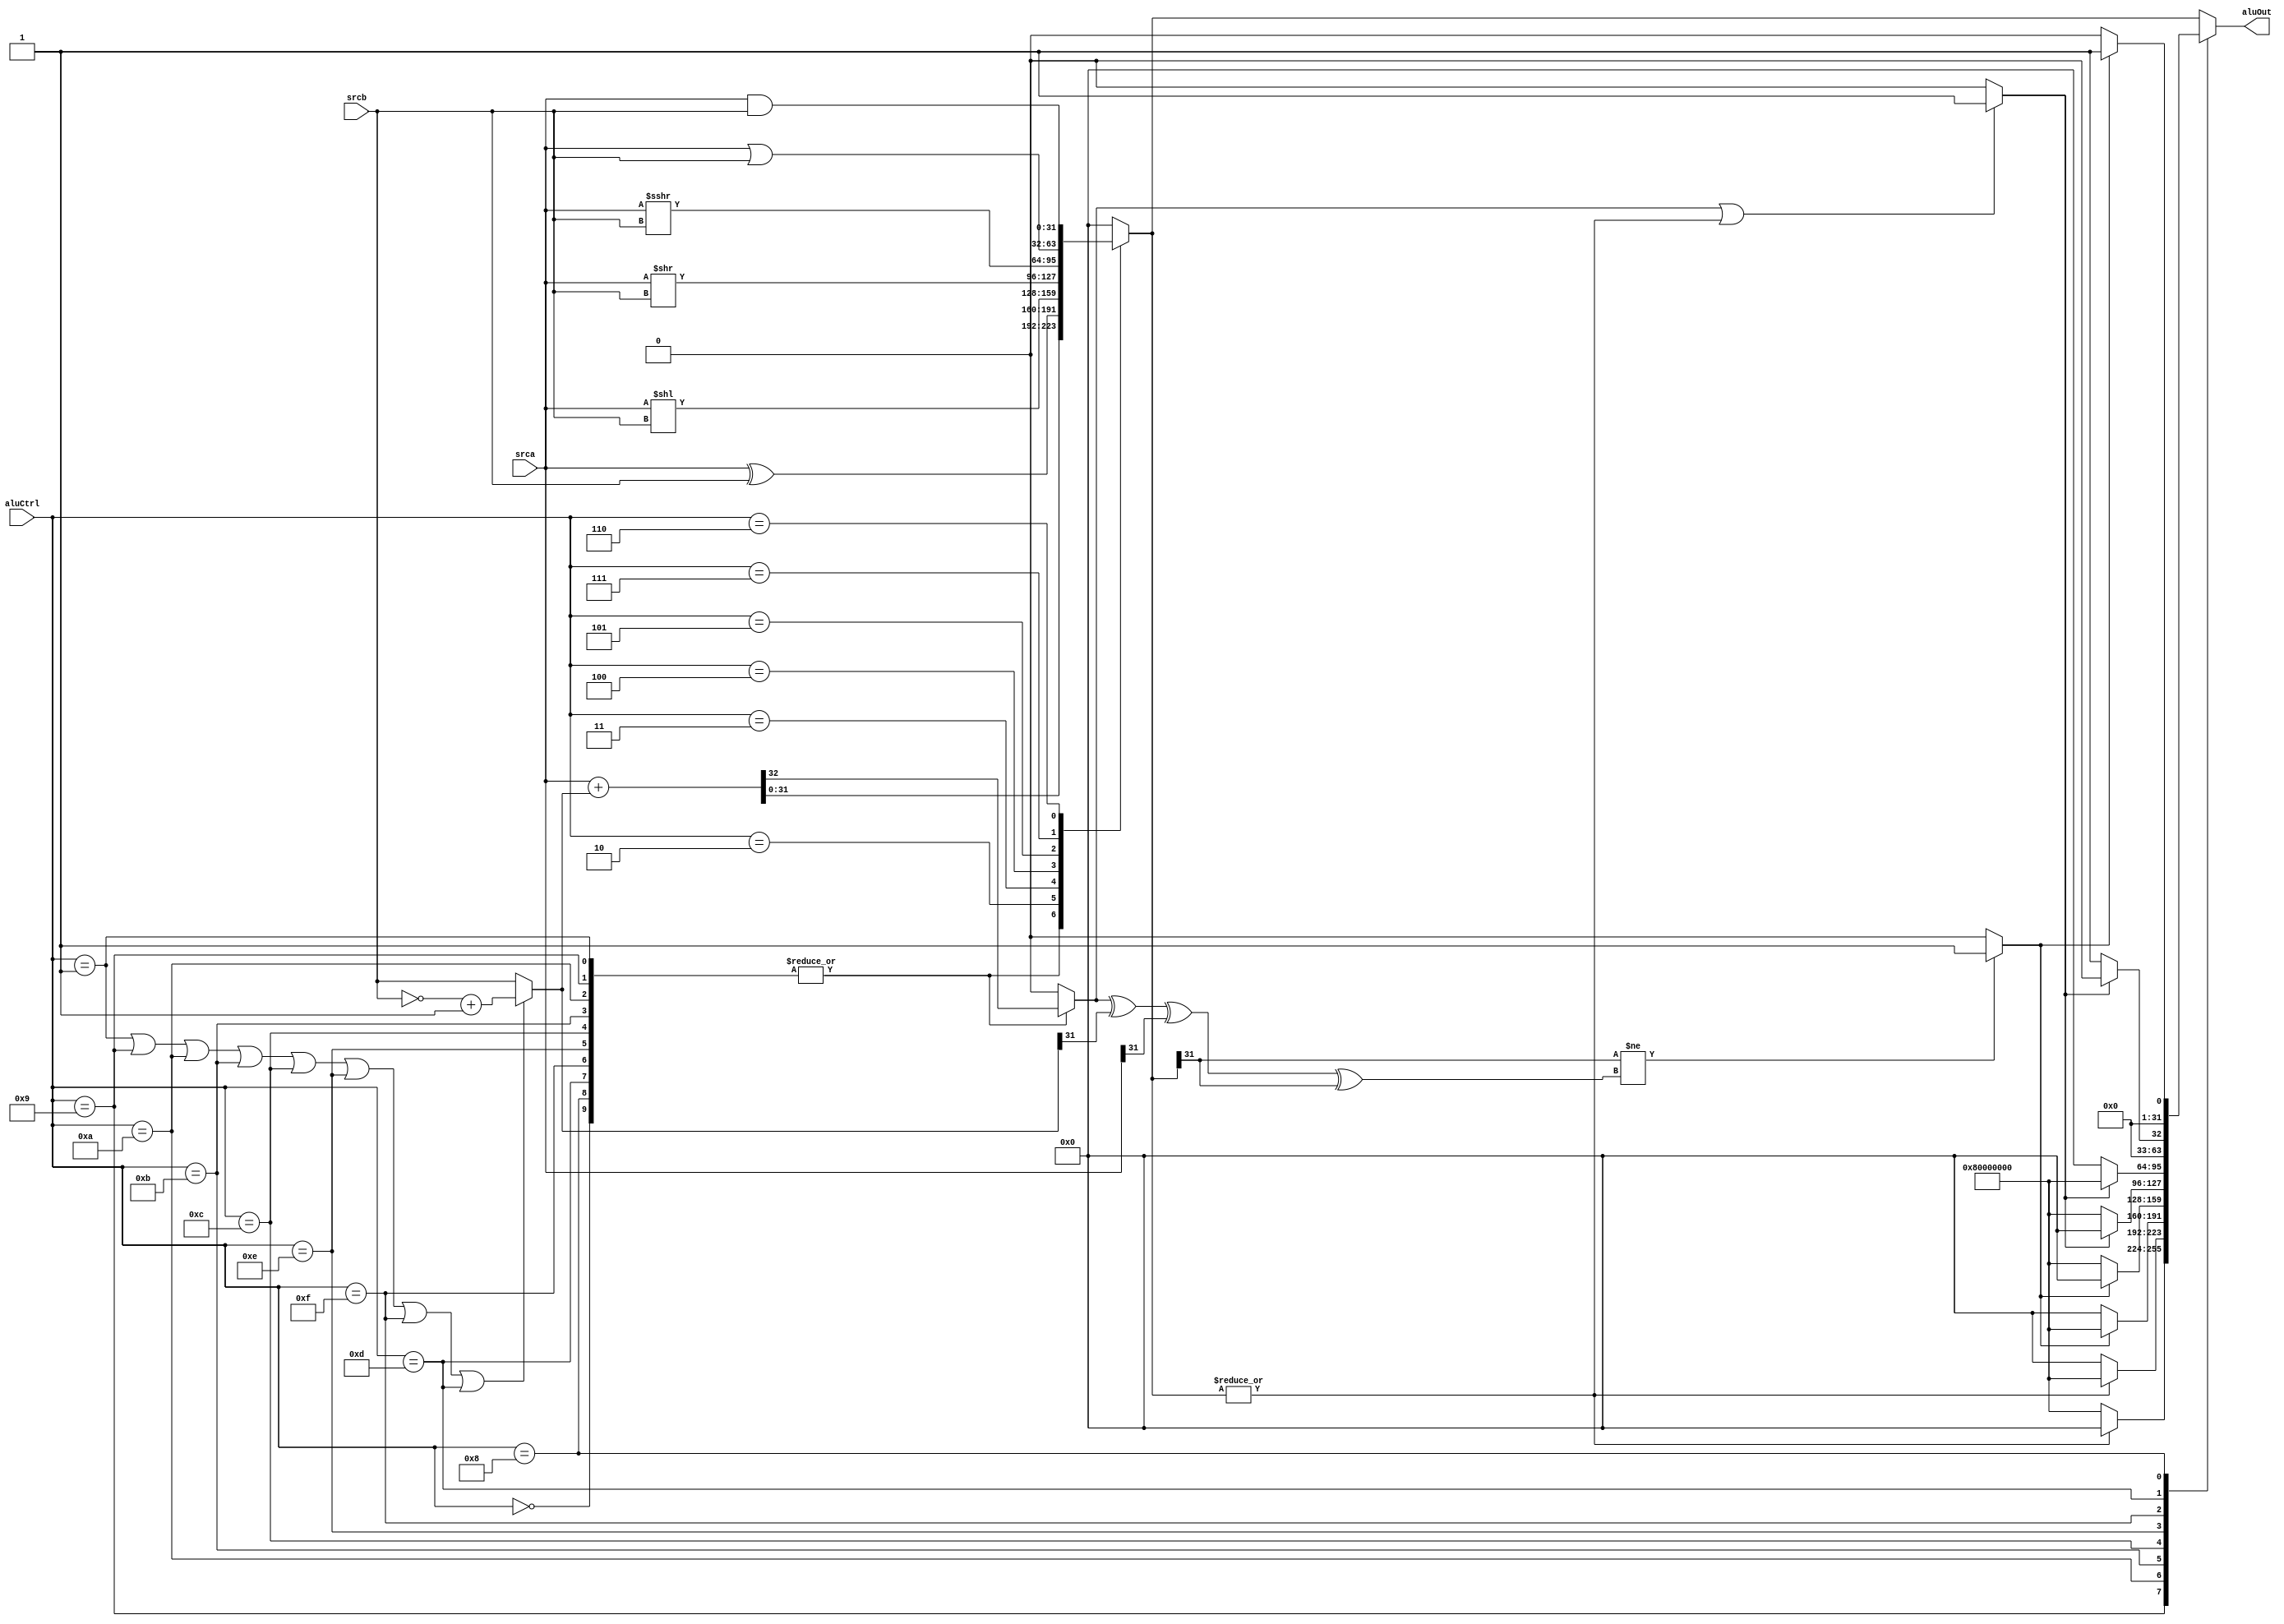

`timescale 1ns/1ns

module ALU(
    //////////////////////////////////////////////////////////////
    // the following module models an alu which takes two operands
    // and sets the output according ot operation passed to it
    /////////////////////////////////////////////////////////////
    input [31 : 0] srca,
    input [31 : 0] srcb,
    input [5 : 0] aluCtrl,
    output reg [31 : 0] aluOut
);

localparam  
    add_  = 6'd0,
    sub_  = 6'd1,
    xor_  = 6'd2,
    sll_  = 6'd3,
    srl_  = 6'd4,
    sra_  = 6'd5,
    and_  = 6'd6,
    or_   = 6'd7,
    slt_  = 6'd8,
    beq_  = 6'd9,
    bne_  = 6'd10,
    blt_  = 6'd11,
    bge_  = 6'd12,
    sltu_ = 6'd13,
    bltu_ = 6'd14,
    bgeu_ = 6'd15;

reg [31 : 0] aluOut_tmp;
reg c;
wire [31 : 0]  srcb_2cmp;
wire [31 : 0] branch;
wire   
    cmp_2,
    z,
    v,
    lt,
    ge;
assign cmp_2 = (aluCtrl == sub_) 
             | (aluCtrl == beq_) | (aluCtrl == bne_)
             | (aluCtrl == blt_) | (aluCtrl == bge_)
             | (aluCtrl == bltu_) | (aluCtrl == bgeu_)
             | (aluCtrl == sltu_);
assign srcb_2cmp = (cmp_2 == 1'b1) ? (~srcb + 1) : srcb;
assign z = ~(|aluOut_tmp);
assign v = c ^ srcb_2cmp[31] ^ srca[31] ^ aluOut_tmp[31];
//////////////////////////////////////////////////////////
// flags are used for comparison operations...source:
// http://static.righto.com/images/ARM1/condition_bits.png
//////////////////////////////////////////////////////////
assign lt = (aluOut_tmp[31] != v) ? 1'b1 : 1'b0;
assign ge = ((c == 1) | (z == 0)) ? 1'b1 : 1'b0;
assign branch = {1'b1, {31{1'b0}}};

always @(*)
    case(aluCtrl)
    add_,
    sub_,
    beq_,
    bne_,
    bge_,
    blt_,
    slt_,
    bltu_,
    bgeu_,
    sltu_:
        {c, aluOut_tmp} = srca + srcb_2cmp;
    xor_:
        begin
            aluOut_tmp = srca ^ srcb;
            c = 1'b0;
        end
    sll_:
        begin
            aluOut_tmp = srca << srcb;
            c = 1'b0;
        end
    srl_:
        begin
            aluOut_tmp = srca >> srcb;
            c = 1'b0;
        end
    sra_:
        begin
            aluOut_tmp = srca >>> srcb;
            c = 1'b0;
        end
    or_:
        begin
            aluOut_tmp = srca | srcb;
            c = 1'b0;
        end
    and_:
        begin
            aluOut_tmp = srca & srcb;
            c = 1'b0;
        end
    default:
        begin
            aluOut_tmp = 32'd0;
            c = 1'b0;
        end
    endcase

// always block to evaluate comparisons

always @(*)
    case(aluCtrl)
    beq_:
        aluOut = (z == 1'b1) ? branch : 1'b0;
    bne_:
        aluOut = (z == 1'b0) ? branch : 1'b0;
    blt_:
        aluOut = (lt == 1'b1) ? branch : 1'b0;
    bge_:
        aluOut = (lt == 1'b0) ? branch : 1'b0;
    bltu_:
        aluOut = (ge == 1'b0) ? branch : 1'b0;
    bgeu_:
        aluOut = (ge == 1'b1) ? branch : 1'b0;
    sltu_:
        aluOut = (ge == 1'b0) ? {{31{1'b0}}, 1'b1} : 1'b0;
    slt_:
        aluOut = (lt == 1'b1) ? {{31{1'b0}}, 1'b1} : 1'b0;
    default:
        aluOut = aluOut_tmp;
endcase
initial begin
    //$monitor("twossss %d", srcb_2cmp);
end
endmodule